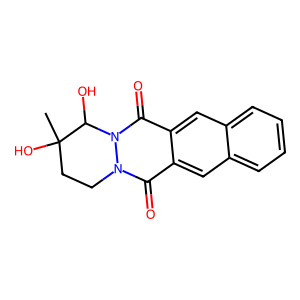
SMILES: CC1(O)CCn2c(=O)c3cc4ccccc4cc3c(=O)n2C1O
Inhibits HIV replication: No